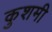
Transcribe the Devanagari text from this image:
कुशमी